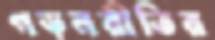
গড়নরীতির